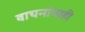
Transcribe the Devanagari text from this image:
वाचनांचाही